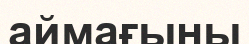
аймағыны